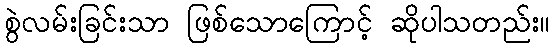
စွဲလမ်းခြင်းသာ ဖြစ်သောကြောင့် ဆိုပါသတည်း။